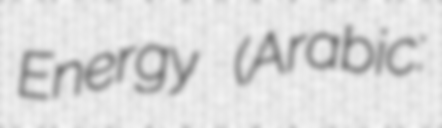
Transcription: Energy (Arabic: